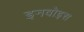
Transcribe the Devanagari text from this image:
इनवोइस